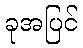
ခုအပြင်